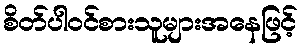
စိတ်ပါဝင်စားသူများအနေဖြင့်